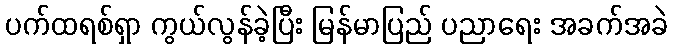
ပက်ထရစ်ရှာ ကွယ်လွန်ခဲ့ပြီး မြန်မာပြည် ပညာရေး အခက်အခဲ